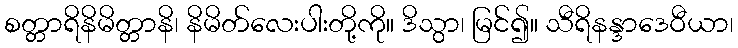
စတ္တာရိနိမိတ္တာနိ၊ နိမိတ်လေးပါးတို့ကို။ ဒိသွာ၊ မြင်၍။ သီရိနန္ဒာဒေဝီယာ၊